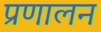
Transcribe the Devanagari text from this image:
प्रणालन